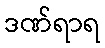
ဒဏ်ရာရ